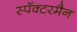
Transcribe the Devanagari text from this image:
स्पॅक्टरमैन